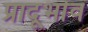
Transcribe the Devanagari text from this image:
प्रादूर्भाव